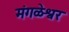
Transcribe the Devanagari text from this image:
मंगळेश्वर